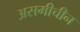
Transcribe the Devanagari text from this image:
असमीचीन